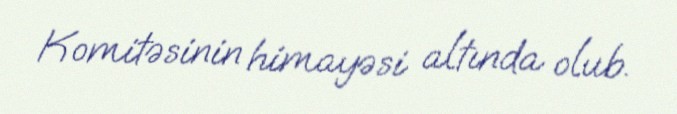
Komitəsinin himayəsi altında olub.